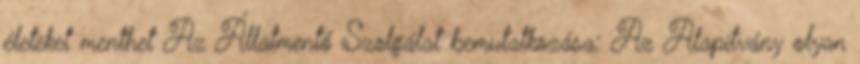
életeket menthet Az Állatmentő Szolgálat bemutatkozása: Az Alapítvány olyan